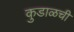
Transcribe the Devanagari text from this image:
कुडाळची